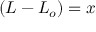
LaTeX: ( L - L _ { o } ) = x